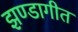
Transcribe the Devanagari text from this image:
झण्डागीत